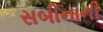
સબીનાની